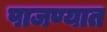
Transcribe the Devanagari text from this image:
पाजण्यात